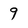
Character: 9